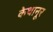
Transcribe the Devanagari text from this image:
केथानूर